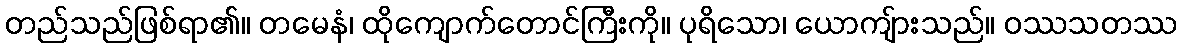
တည်သည်ဖြစ်ရာ၏။ တမေနံ၊ ထိုကျောက်တောင်ကြီးကို။ ပုရိသော၊ ယောကျ်ားသည်။ ဝဿသတဿ